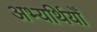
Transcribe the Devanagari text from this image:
अभ्यर्थियोँ